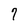
Character: 7